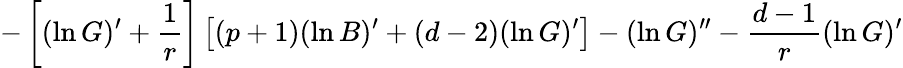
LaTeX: -\left[(\ln G)^{\prime}+{\frac{1}{r}}\right]\left[(p+1)(\ln B)^{\prime}+(d-2)(\ln G)^{\prime}\right]-(\ln G)^{\prime\prime}-{\frac{d-1}{r}}(\ln G)^{\prime}